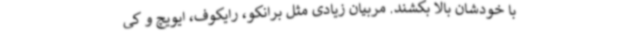
با خودشان بالا بکشند. مربیان زیادی مثل برانکو، رایکوف، ایویچ و کی